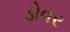
ડોવર